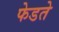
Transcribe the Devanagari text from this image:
फेडते